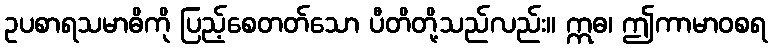
ဥပစာရသမာဓိကို ပြည့်စေတတ်သော ပီတိတို့သည်လည်း။ ဣဓ၊ ဤကာမာဝစရ